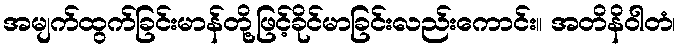
အမျက်ထွက်ခြင်းမာန်တို့ဖြင့်ခိုင်မာခြင်းလည်းကောင်း။ အတိနိဝါတံ၊